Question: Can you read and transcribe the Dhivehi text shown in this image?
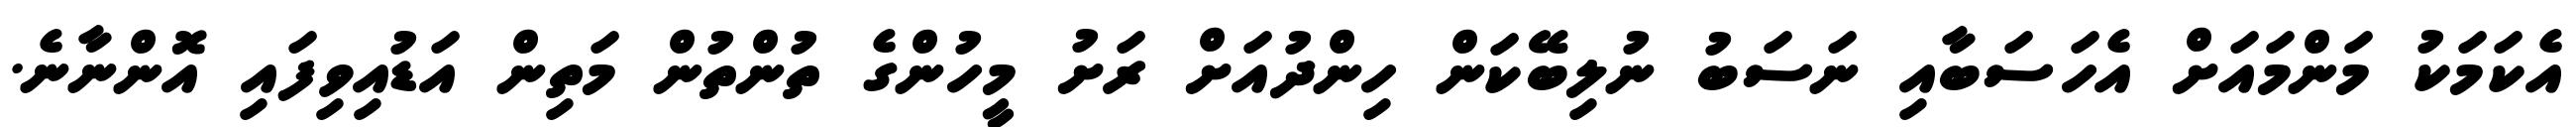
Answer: އެކަމަކު މަންމައަށް އެހަސަބާއި ނަސަބު ނުލިބޭކަން ހިންދުއަށް ރަށު މީހުންގެ ތުންތުން މަތިން އަޑުއިވިފައި އޮންނާނެ.